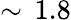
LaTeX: \sim\, 1.8